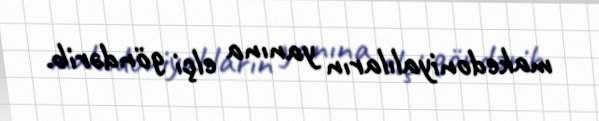
makedoniyalıların yanına elçi göndərib.